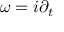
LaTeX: \omega = i \partial _ { t }